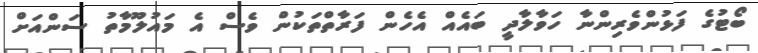
ބޯޓުގެ ފަޅުންވެރިންނާ ހަވާލާދީ ބައެއް އެހެން ފަރާތްތަކުން ވެސް އެ މައުލޫމާތު ސަންއަށް